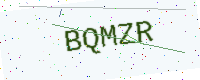
Text: BQMZR